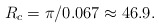
\begin{align*}R_c=\pi/0.067 \approx 46.9.\end{align*}